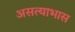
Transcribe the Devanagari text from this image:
असत्याभास